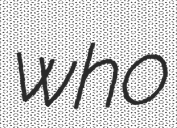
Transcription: who